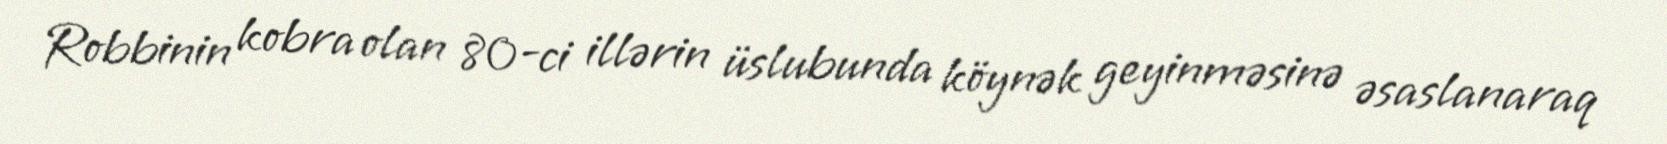
Robbinin kobra olan 80-ci illərin üslubunda köynək geyinməsinə əsaslanaraq